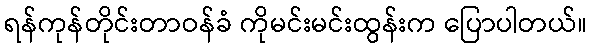
ရန်ကုန်တိုင်းတာဝန်ခံ ကိုမင်းမင်းထွန်းက ပြောပါတယ်။